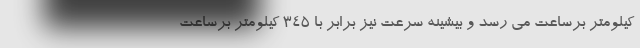
کیلومتر برساعت می رسد و بیشینه سرعت نیز برابر با 345 کیلومتر برساعت